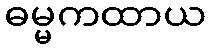
ဓမ္မကထာယ